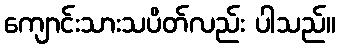
ကျောင်းသားသပိတ်လည်း ပါသည်။